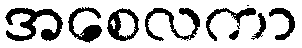
အစေလကာ